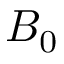
B _ { 0 }